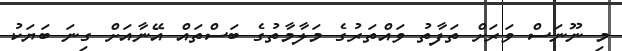
މި ނޫނަސް ވަރަށް ތަފާތު ވައްތަރުގެ މަލާމާތުގެ ބަސްތައް އޭނާއަށް ގިނަ ބަޔަކު